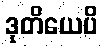
ဒုတိယေပိ